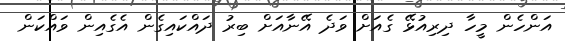
އަންހެން މީހާ ދިރިއުޅޭ ގެއަށް ވަދެ އޭނާއަށް ބިރު ދައްކައިގެން އެގެއިން ވައްކަން